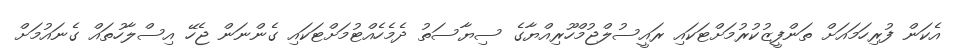
އެކަން ފުރިހަމައަށް ތަންފީޒުކުރުމަށްޓަކައި ރައީސުލްޖުމްހޫރިއްޔާގެ ސިޔާސަތު ދެމެހެއްޓުމަށްޓަކައި ގެންނަން ޖެހޭ އިސްލާހުތައް ގެނައުމަށް